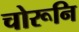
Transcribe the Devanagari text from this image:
चोरूनि